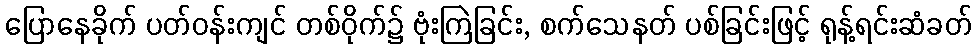
ပြောနေခိုက် ပတ်ဝန်းကျင် တစ်ဝိုက်၌ ဗုံးကြဲခြင်း, စက်သေနတ် ပစ်ခြင်းဖြင့် ရုန့်ရင်းဆံခတ်